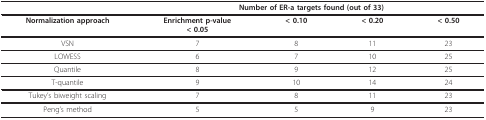
|  | <COLSPAN=4> Number of ER-a targets found (out of 33) |
 | --- | --- | --- | --- | --- |
 | Normalization approach | Enrichment p-value< 0.05 | < 0.10 | < 0.20 | < 0.50 |
 | VSN | 7 | 8 | 11 | 23 |
 | LOWESS | 6 | 7 | 10 | 25 |
 | Quantile | 8 | 9 | 12 | 25 |
 | T-quantile | 9 | 10 | 14 | 24 |
 | Tukey's biweight scaling | 7 | 8 | 11 | 23 |
 | Peng's method | 5 | 5 | 9 | 23 |